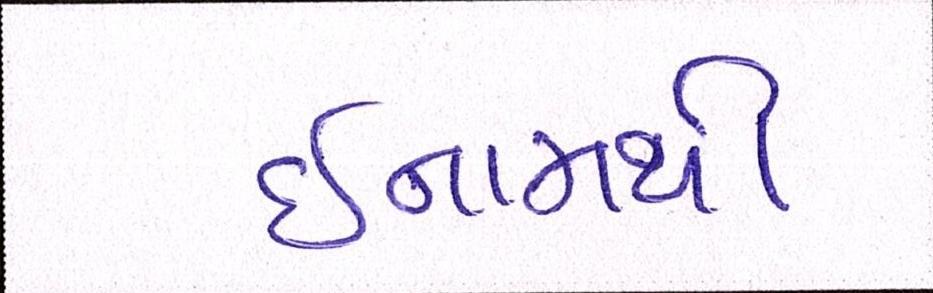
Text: ઈનામથી